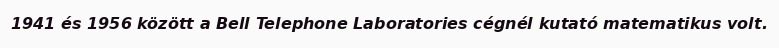
1941 és 1956 között a Bell Telephone Laboratories cégnél kutató matematikus volt.